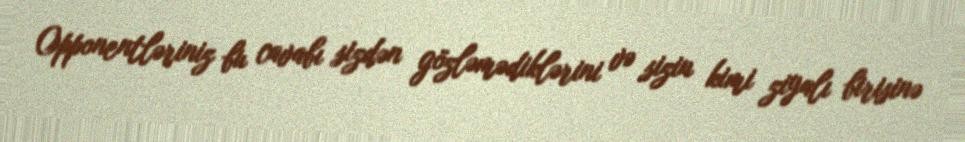
Opponentləriniz bu cavabı sizdən gözləmədiklərini və sizin kimi ziyalı birisinə